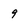
Character: 9